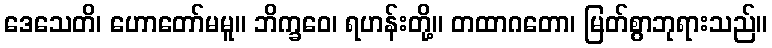
ဒေသေတိ၊ ဟောတော်မမူ။ ဘိက္ခဝေ၊ ရဟန်းတို့။ တထာဂတော၊ မြတ်စွာဘုရားသည်။